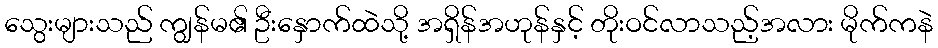
သွေးများသည် ကျွန်မ၏ ဦးနှောက်ထဲသို့ အရှိန်အဟုန်နှင့် တိုးဝင်လာသည့်အလား မိုက်ကနဲ